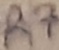
Text: R7